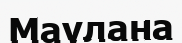
Маулана